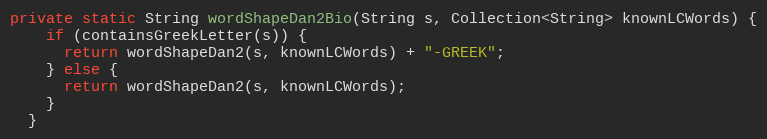
Language: Java
private static String wordShapeDan2Bio(String s, Collection<String> knownLCWords) {
    if (containsGreekLetter(s)) {
      return wordShapeDan2(s, knownLCWords) + "-GREEK";
    } else {
      return wordShapeDan2(s, knownLCWords);
    }
  }